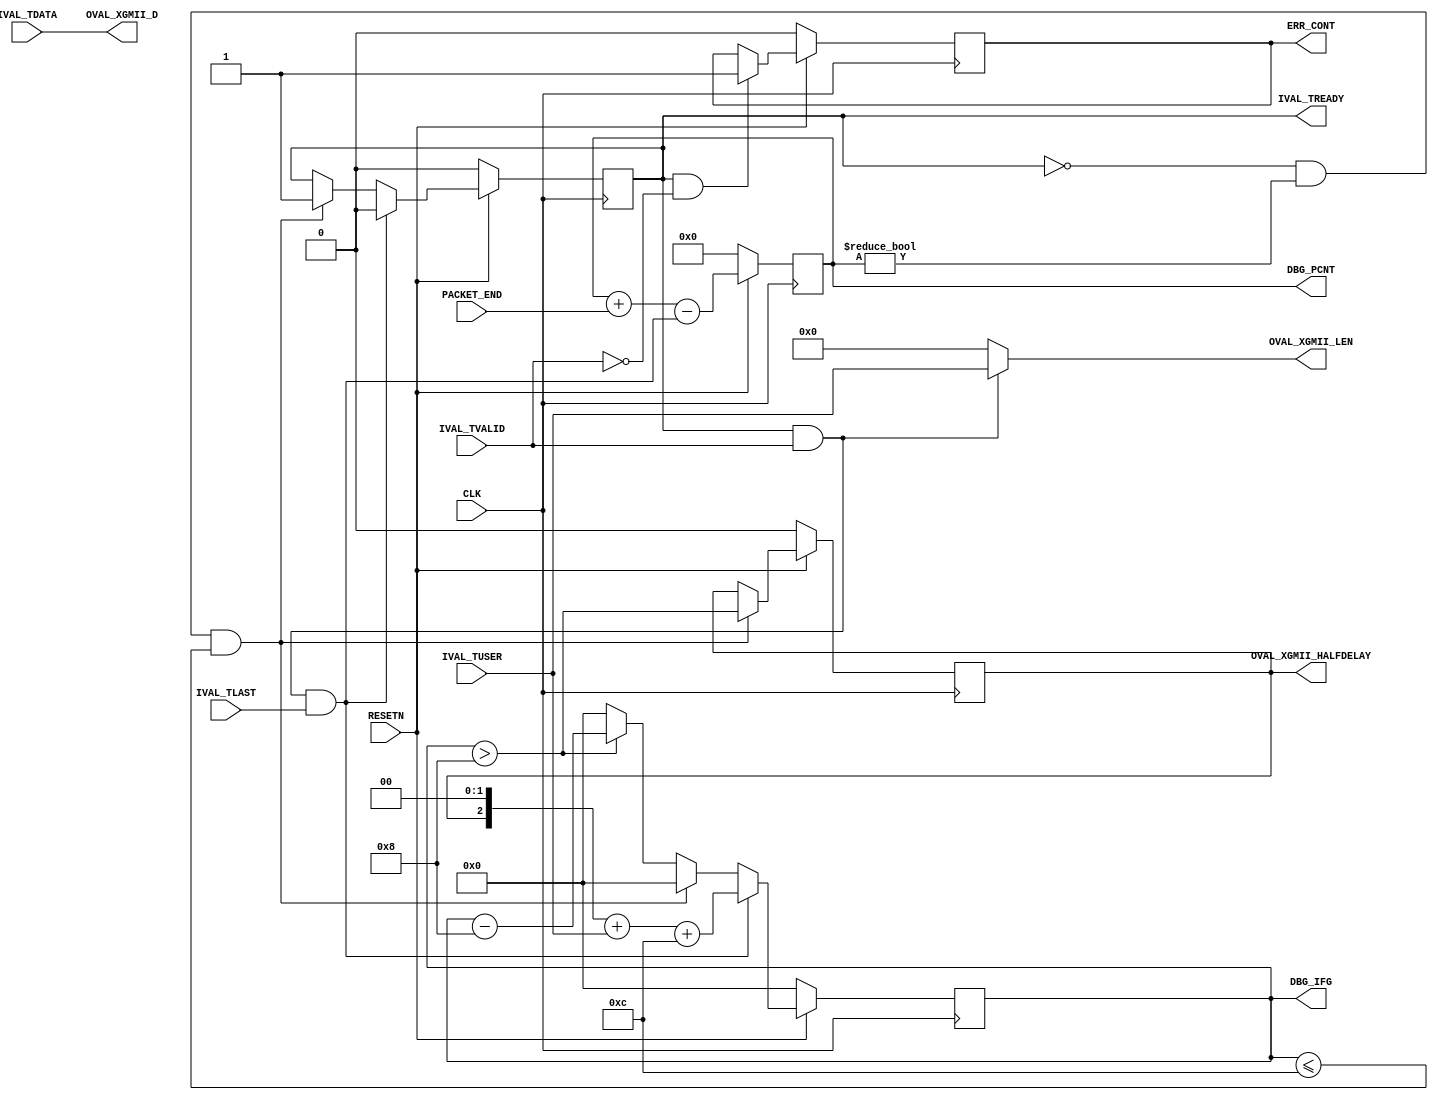

// Copyright (C) Akira Higuchi  ( https://github.com/ahiguti )
// Copyright (C) DeNA Co.,Ltd. ( https://dena.com )
// All rights reserved.
// See COPYRIGHT.txt for details


module xgmii_make_contiguous(
input CLK,
input RESETN,
input [63:0] IVAL_TDATA, // XGMII_D
input [3:0] IVAL_TUSER, // XGMII_LEN
input IVAL_TLAST,
input IVAL_TVALID,
output IVAL_TREADY,
input PACKET_END,
output [63:0] OVAL_XGMII_D,
output [3:0] OVAL_XGMII_LEN,
output OVAL_XGMII_HALFDELAY,
output ERR_CONT,
output [15:0] DBG_PCNT,
output [4:0] DBG_IFG);
parameter INTERFRAME_GAP = 12;
    // should be 16 if fcs is added later, 12 otherwise
localparam PACKET_CNT_WIDTH = 16;

reg [PACKET_CNT_WIDTH-1:0] packet_cnt;
reg [4:0] gap_rem;
reg ival_tready;
reg halfdelay;
reg err_cont;

wire IVAL_HS = IVAL_TREADY && IVAL_TVALID;

assign IVAL_TREADY = ival_tready;
assign OVAL_XGMII_D = IVAL_TDATA;
assign OVAL_XGMII_LEN = IVAL_HS ? IVAL_TUSER : 0;
assign OVAL_XGMII_HALFDELAY = halfdelay;
assign ERR_CONT = err_cont;
assign DBG_PCNT = packet_cnt;
assign DBG_IFG = gap_rem;

always @(posedge CLK) begin
    if (!RESETN) begin
        packet_cnt <= 0;
        gap_rem <= 0;
        ival_tready <= 0;
        halfdelay <= 0;
        err_cont <= 0;
    end else begin
        packet_cnt <= packet_cnt + PACKET_END - (IVAL_HS && IVAL_TLAST);
        gap_rem <= (gap_rem > 8) ? (gap_rem - 8) : 0;
        if (ival_tready == 0 && packet_cnt != 0 && gap_rem <= 12) begin
            ival_tready <= 1;
            gap_rem <= 0;
            halfdelay <= gap_rem > 8;
        end
        if (IVAL_HS && IVAL_TLAST) begin
            ival_tready <= 0;
            gap_rem <= (halfdelay << 2) + IVAL_TUSER + INTERFRAME_GAP;
        end
        if (ival_tready && !IVAL_TVALID) begin
            err_cont <= 1; // failed to make contiguous
        end
    end
end

endmodule